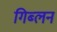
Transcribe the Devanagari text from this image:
गिब्लन